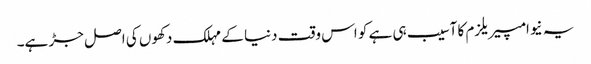
یہ نیوامپیریلزم کا آسیب ہی ہے کو اس وقت دنیا کے مہلک دکھوں کی اصل جڑ ہے۔